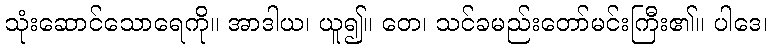
သုံးဆောင်သောရေကို။ အာဒါယ၊ ယူ၍။ တေ၊ သင်ခမည်းတော်မင်းကြီး၏။ ပါဒေ၊